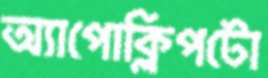
অ্যাপোক্লিপটো